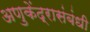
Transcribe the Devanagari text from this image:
अणुकेंद्रासंबंधी